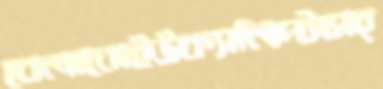
বেলাবোইউক্যালিপ্টাসচ্